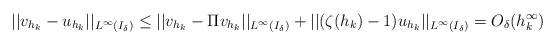
\begin{align*} ||v_{h_k} - u_{h_k}||_{L^\infty(I_\delta)} \leq ||v_{h_k} - \Pi v_{h_k}||_{L^\infty(I_\delta)} + ||(\zeta(h_k) - 1)u_{h_k}||_{L^\infty(I_\delta)} = O_\delta(h^\infty_k)\end{align*}